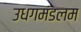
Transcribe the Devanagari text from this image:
उधगमंडलम